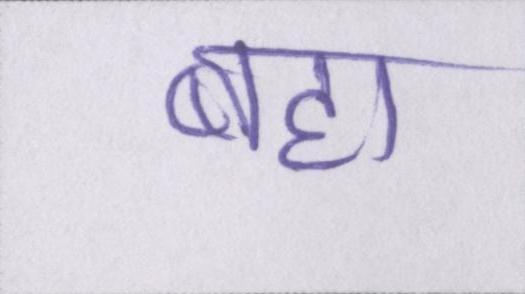
बहा